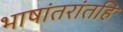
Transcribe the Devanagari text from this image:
भाषांतरांतहि